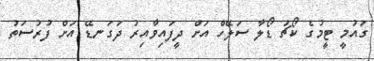
ގައުމީ ޓީމުގެ ކޯޗު ޑޯލާ ސަލޭހް އަށް ދީފައިވާއިރު ދަގަނޑޭ އަށް ފުރުސަތު